Bréfritari: Ólöf Jónsdóttir
Viðtakandi: Daníel Halldórsson
Dagsetning: A-1887-12-18
Skrifað á: Helgustöðum  S-Múl.

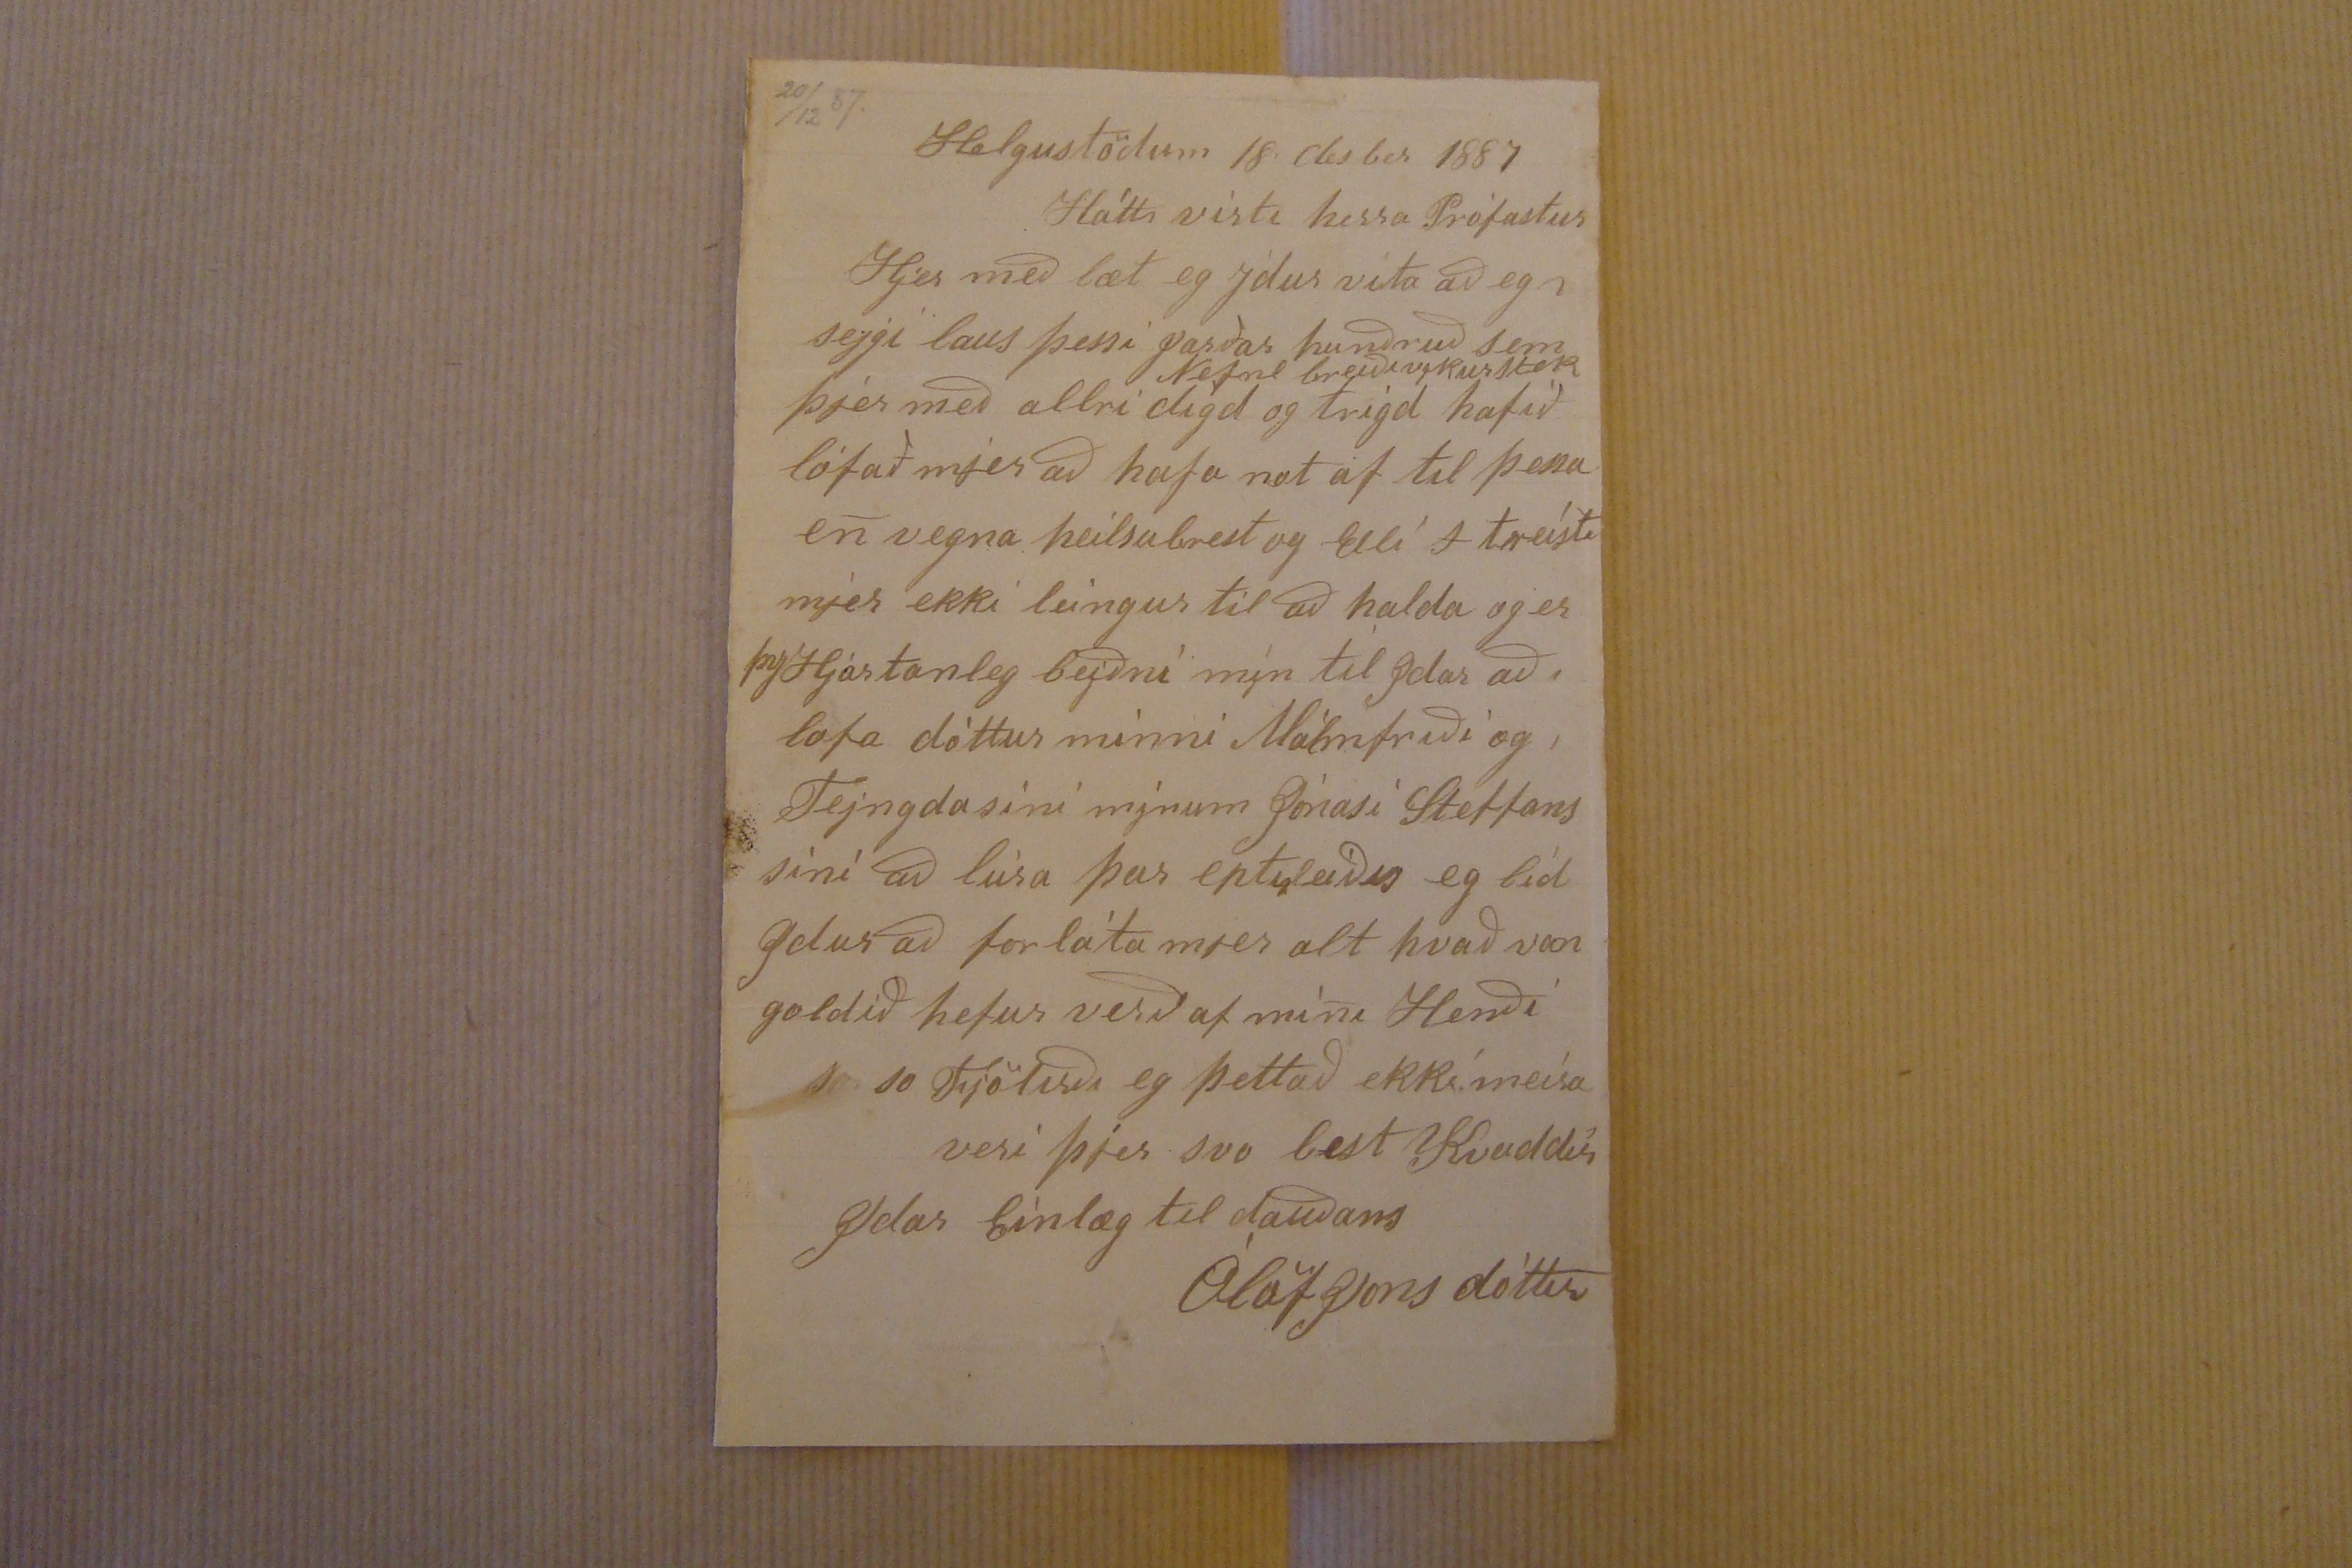

20/12 87.
Helgustödum 18. desber 1887
Hátt virti herra Prófastur
Hjer með læt eg ydur vita að eg
i
sejgi laus þessi
parðar
hundruð sem þjer með allri digd
Nefnd breiðivikurstor
og trigd hafið lofað mjer að hafa not af til þessa en vegna heilsubrest og Elli
+
treisti mjer ekki leíngur til að halda og er þvi Hjartanleg beiðni mín til ydar að, lofa dóttur minni Málmfriði og, Teingdasini mínum Jónasi Steffans sini að leisa þar eptirleiðis eg líd ydur að forláta mjer alt hvað van goldið hefur verið af mini Hendi so so Fjölirði eg þettað ekki meira veri þjer svo best Kvaddur Ydar Einlæg til dauðans
Ólöf Jonsdóttir